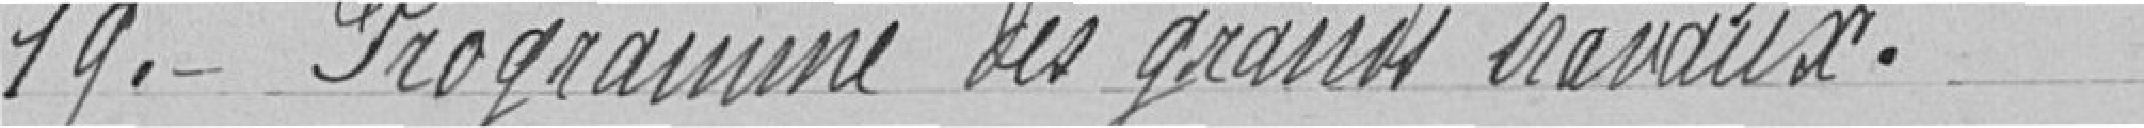
19. Programme de grands travaux.